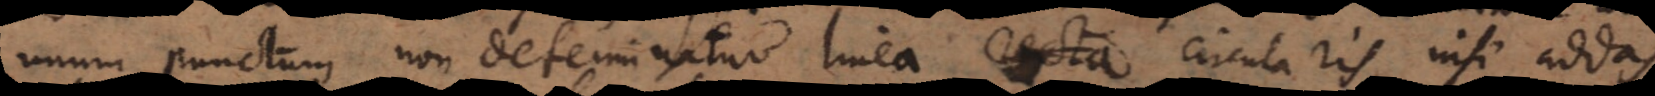
unum punctum non determinatur linea circularis, nisi addas